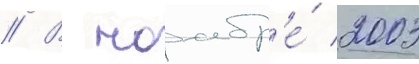
// В ноабр'е́ 2003